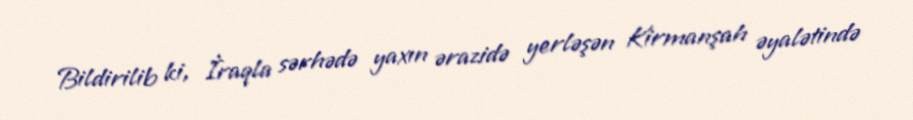
Bildirilib ki, İraqla sərhədə yaxın ərazidə yerləşən Kirmanşah əyalətində